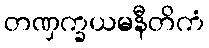
တဏှက္ခယမနီတိကံ